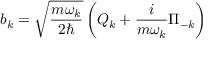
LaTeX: b _ { k } = { \sqrt { \frac { m \omega _ { k } } { 2 \hbar } } } \left( Q _ { k } + { \frac { i } { m \omega _ { k } } } \Pi _ { - k } \right)